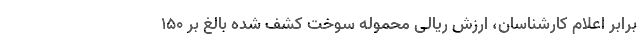
برابر اعلام کارشناسان، ارزش ریالی محموله سوخت کشف شده ‌بالغ بر ۱۵۰